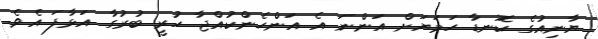
ޔާނިއުގެ ކޮނޑާ ހަމަޔަށް އަންނަ އެ އަންހެންކުއްޖާ ހުރީ ބުރުގާ އަޅާފަ އެވެެ.